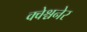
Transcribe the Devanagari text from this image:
क्वेश्चनेर